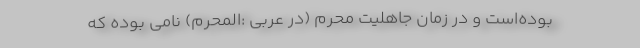
بوده‌است و در زمان جاهلیت محرم (در عربی :المُحَرَّم) نامی بوده که